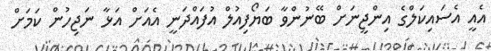
އެއީ އެސައިކަލްގެ އިންޖީނަށް ބޭނުންވާ ބަޔޯފިއުލް އުފައްދަނީ އެއަށް އަޅާ ނަޖިހުން ކަމަށް